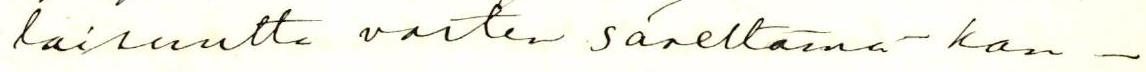
laisuutta varten säveltämä kan-